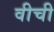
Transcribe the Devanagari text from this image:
वीची